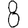
Digit: 8